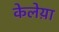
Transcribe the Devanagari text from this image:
केलेय़ा